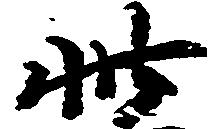
此